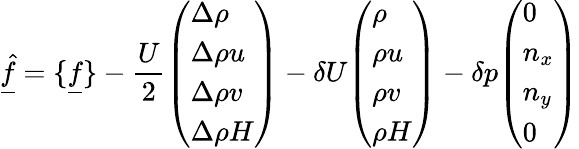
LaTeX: \underline{{\hat{f}}}=\{ \underline{{f}}\} -\frac{U}{2}\begin{array}{l}{\left(\begin{array}{l}{\Delta\rho}\\ {\Delta\rho u}\\ {\Delta\rho v}\\ {\Delta\rho H}\end{array}\right)}\end{array}-\delta U\begin{array}{l}{\left(\begin{array}{l}{\rho}\\ {\rho u}\\ {\rho v}\\ {\rho H}\end{array}\right)}\end{array}-\delta p\begin{array}{l}{\left(\begin{array}{l}{0}\\ {n_{x}}\\ {n_{y}}\\ {0}\end{array}\right)}\end{array}